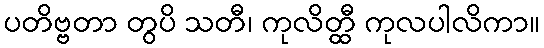
ပတိဗ္ဗတာ တွပိ သတီ၊ ကုလိတ္ထီ ကုလပါလိကာ။